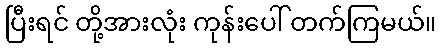
ပြီးရင် တို့အားလုံး ကုန်းပေါ် တက်ကြမယ်။